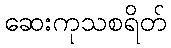
ဆေးကုသစရိတ်